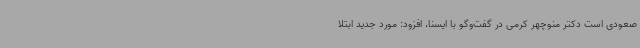
صعودی است دکتر منوچهر کرمی در گفت‌وگو با ایسنا، افزود: مورد جدید ابتلا